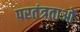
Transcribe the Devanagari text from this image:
परतंत्रताओं